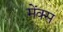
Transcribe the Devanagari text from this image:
मेंक्स